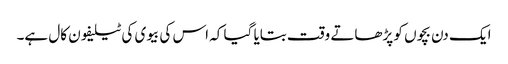
ایک دن بچوں کو پڑھاتے وقت بتایا گیا کہ اس کی بیوی کی ٹیلیفون کال ہے۔